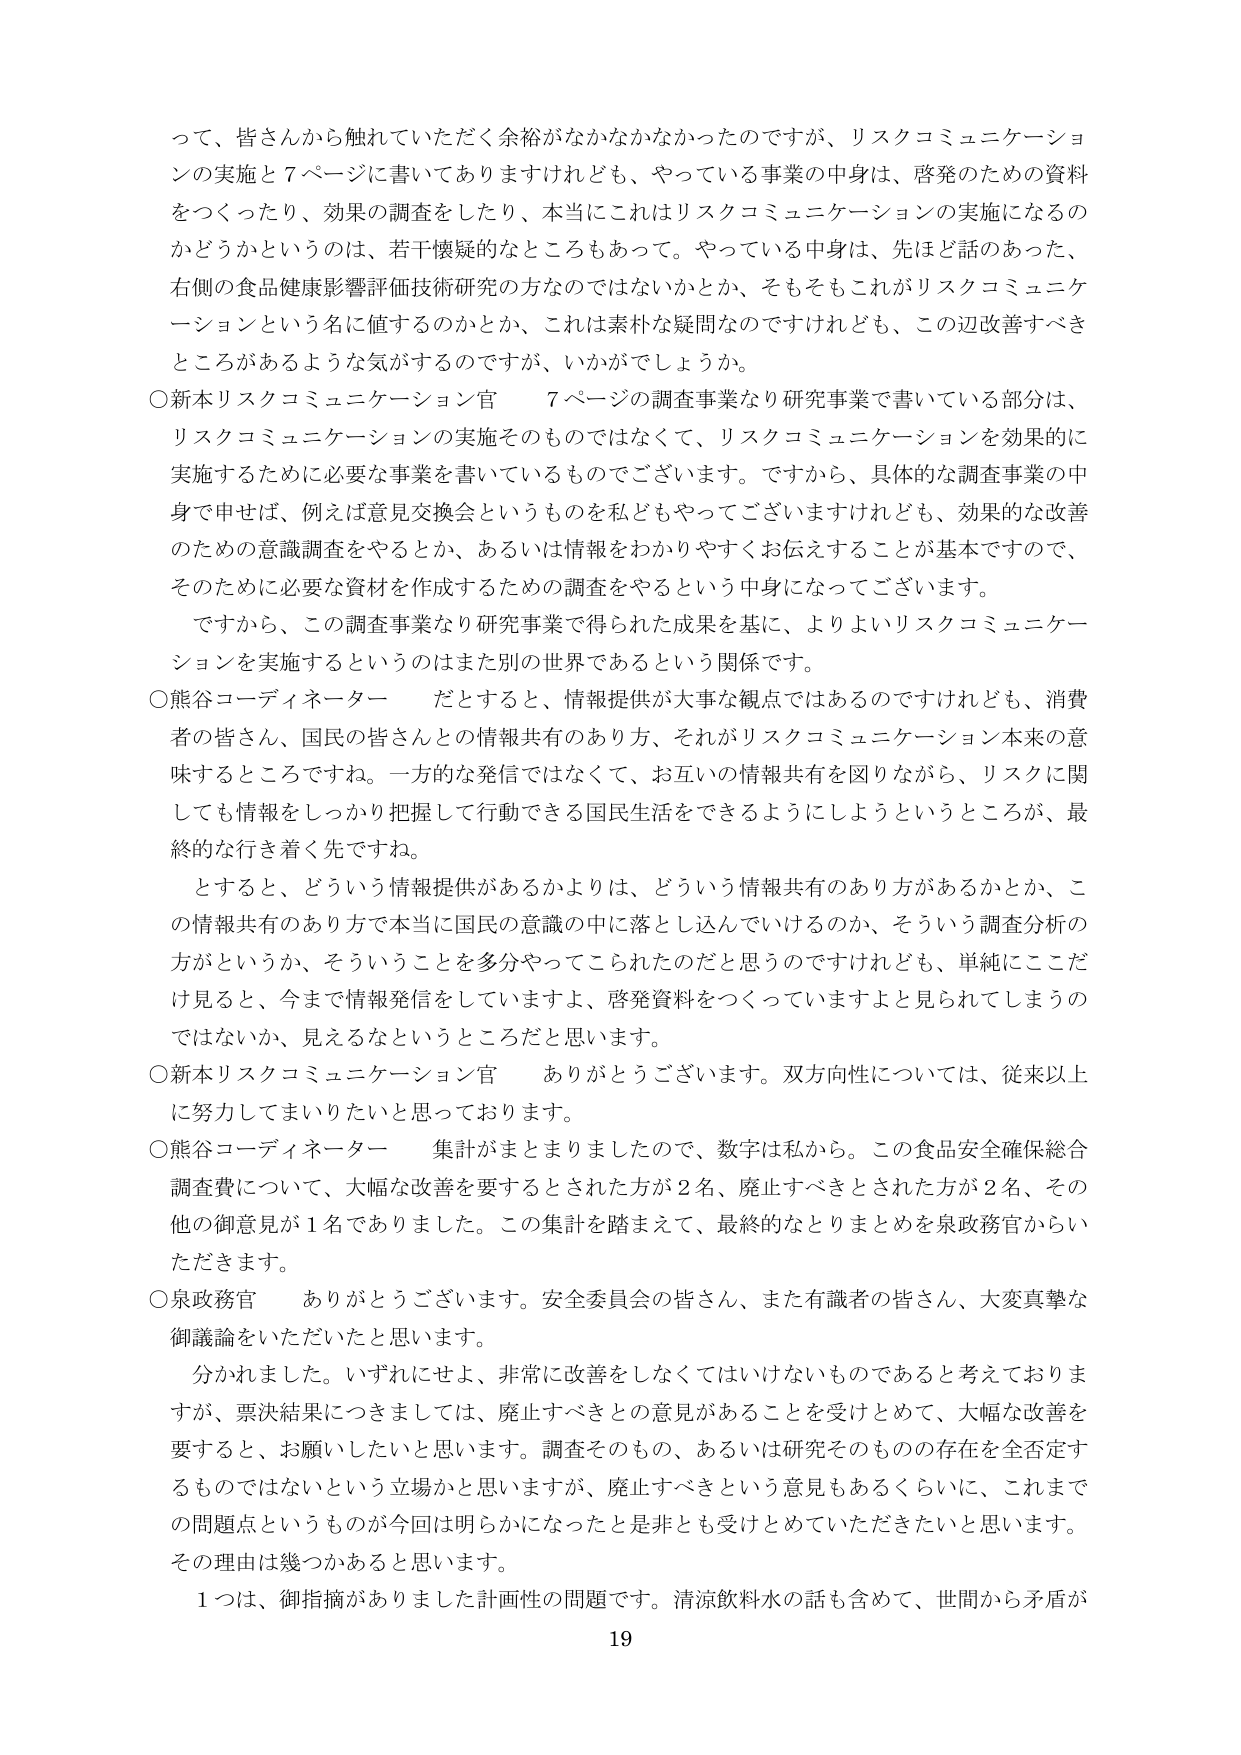
って、皆さんから触れていただく余裕がなかなかなかったのですが、リスクコミュニケーションの実施と７ページに書いてありますけれども、やっている事業の中身は、啓発のための資料をつくったり、効果の調査をしたり、本当にこれはリスクコミュニケーションの実施になるのかどうかというのは、若干懐疑的なところもあって。やっている中身は、先ほど話のあった、右側の食品健康影響評価技術研究の方なのではないかとか、そもそもこれがリスクコミュニケーションという名に値するのかとか、これは素朴な疑問なのですがけれども、この辺改善すべきところがあるような気がするのですが、いかがでしょうか。

○新本リスクコミュニケーション官　７ページの調査事業なり研究事業で書いている部分は、リスクコミュニケーションの実施そのものではなくて、リスクコミュニケーションを効果的に実施するために必要な事業を書いているものでございます。ですから、具体的な調査事業の中身で申せば、例えば意見交換会というものを私どもやってございますけれども、効果的な改善のための意識調査をやるとか、あるいは情報をわかりやすくお伝えすることが基本ですので、そのために必要な資材を作成するための調査をやるという中身になってございます。

　ですから、この調査事業なり研究事業で得られた成果を基に、よりよいリスクコミュニケーションを実施するというのはまた別の世界であるという関係です。

○熊谷コーディネーター　だとすると、情報提供が大事な観点ではあるのですけれども、消費者の皆さん、国民の皆さんとの情報共有のあり方、それがリスクコミュニケーション本来の意味するところですね。一方的な発信ではなくて、お互いの情報共有を図りながら、リスクに関しても情報をしっかり把握して行動できる国民生活をできるようにしようというところが、最終的な行き着く先ですね。

　とすると、どういう情報提供があるかよりは、どういう情報共有のあり方があるかとか、この情報共有のあり方で本当に国民の意識の中に落とし込んでいけるのか、そういう調査分析の方がというか、そういうことを多分やってこられたのだと思うのですけれども、単純にここだけ見ると、今まで情報発信をしていますよ、啓発資料をつくっていますよと見られてしまうのではないか、見えるなというところだと思います。

○新本リスクコミュニケーション官　ありがとうございます。双方向性については、従来以上に努力してまいりたいと思っております。

○熊谷コーディネーター　集計がまとまりましたので、数字は私から。この食品安全確保総合調査費について、大幅な改善を要するとされた方が２名、廃止すべきとされた方が２名、その他の御意見が１名ありました。この集計を踏まえて、最終的なとりまとめを泉政務官からいただきます。

○泉政務官　ありがとうございます。安全委員会の皆さん、また有識者の皆さん、大変真摯な御議論をいただいたと思います。

　分かれました。いずれにせよ、非常に改善をしなくてはいけないものであると考えておりますが、票決結果につきましては、廃止すべきとの意見があることを受けとめて、大幅な改善を要すると、お願いしたいと思います。調査そのもの、あるいは研究そのものの存在を全否定するものではないという立場かと思いますが、廃止すべきという意見もあるくらいに、これまでの問題点というものが今回は明らかになったと是非とも受けとめていただきたいと思います。その理由は幾つかあると思います。

　１つは、御指摘がありました計画性の問題です。清涼飲料水の話も含めて、世間から矛盾が

19